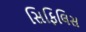
સિફિલિસ